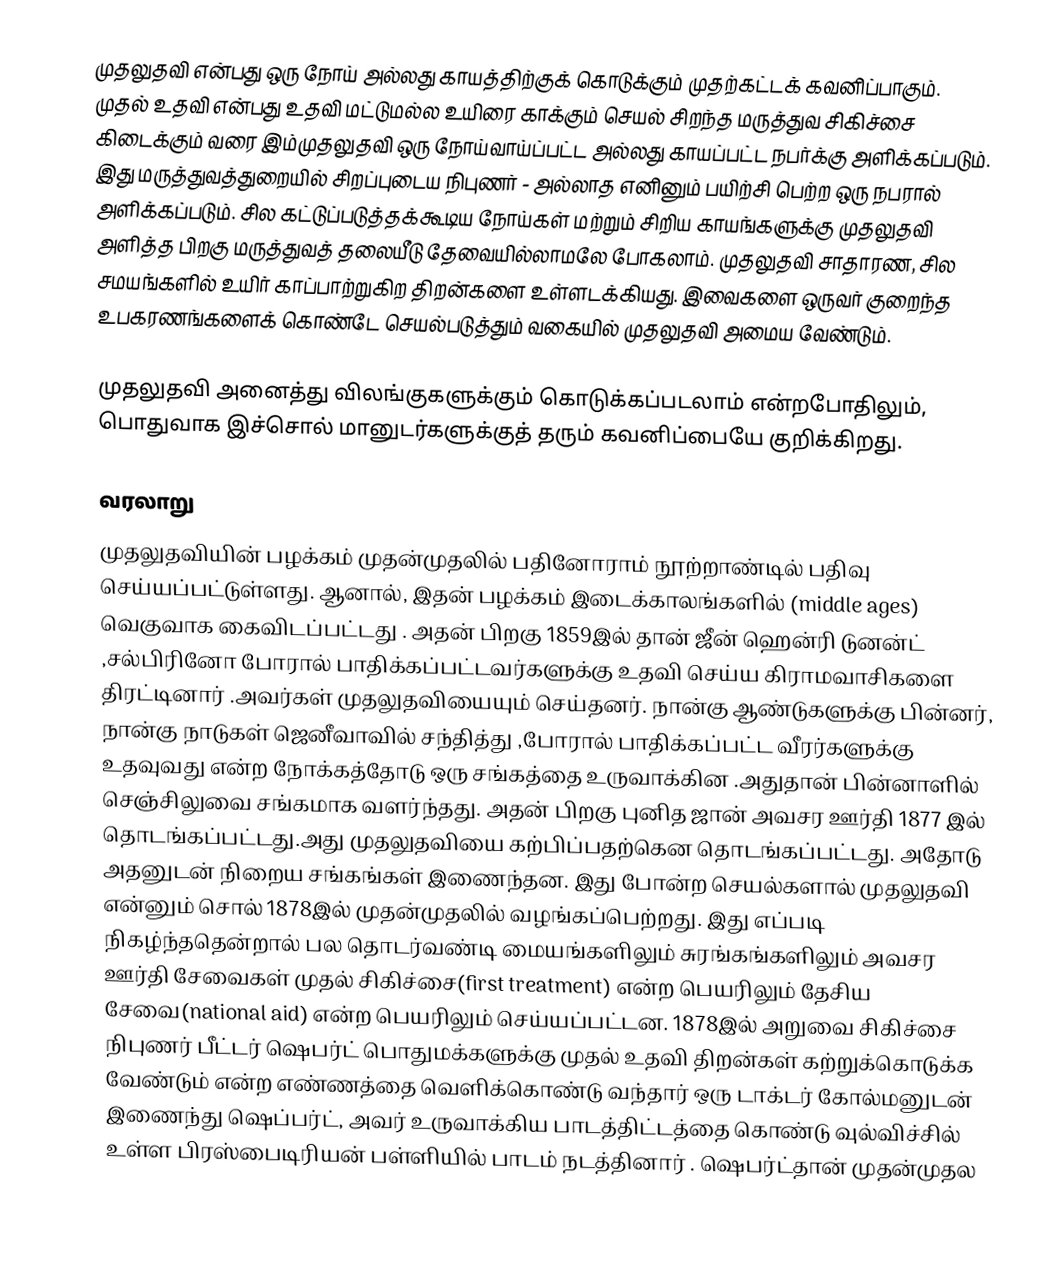
முதலுதவி என்பது ஒரு நோய் அல்லது காயத்திற்குக் கொடுக்கும் முதற்கட்டக் கவனிப்பாகும். முதல் உதவி என்பது உதவி மட்டுமல்ல உயிரை காக்கும் செயல் சிறந்த மருத்துவ சிகிச்சை கிடைக்கும் வரை இம்முதலுதவி ஒரு நோய்வாய்ப்பட்ட அல்லது காயப்பட்ட நபர்க்கு அளிக்கப்படும். இது மருத்துவத்துறையில் சிறப்புடைய நிபுணர் - அல்லாத எனினும் பயிற்சி பெற்ற ஒரு நபரால் அளிக்கப்படும். சில கட்டுப்படுத்தக்கூடிய நோய்கள் மற்றும் சிறிய காயங்களுக்கு முதலுதவி அளித்த பிறகு மருத்துவத் தலையீடு தேவையில்லாமலே போகலாம். முதலுதவி சாதாரண, சில சமயங்களில் உயிர் காப்பாற்றுகிற திறன்களை உள்ளடக்கியது. இவைகளை ஒருவர் குறைந்த உபகரணங்களைக் கொண்டே செயல்படுத்தும் வகையில் முதலுதவி அமைய வேண்டும்.

முதலுதவி அனைத்து விலங்குகளுக்கும் கொடுக்கப்படலாம் என்றபோதிலும், பொதுவாக இச்சொல் மானுடர்களுக்குத் தரும் கவனிப்பையே குறிக்கிறது.

வரலாறு
முதலுதவியின் பழக்கம் முதன்முதலில் பதினோராம் நூற்றாண்டில் பதிவு செய்யப்பட்டுள்ளது. ஆனால், இதன் பழக்கம் இடைக்காலங்களில் (middle ages) வெகுவாக கைவிடப்பட்டது . அதன் பிறகு 1859இல் தான் ஜீன் ஹென்ரி டுனன்ட் ,சல்பிரினோ போரால் பாதிக்கப்பட்டவர்களுக்கு உதவி செய்ய கிராமவாசிகளை திரட்டினார் .அவர்கள் முதலுதவியையும் செய்தனர். நான்கு ஆண்டுகளுக்கு பின்னர், நான்கு நாடுகள் ஜெனீவாவில் சந்தித்து ,போரால் பாதிக்கப்பட்ட வீரர்களுக்கு உதவுவது என்ற நோக்கத்தோடு ஒரு சங்கத்தை உருவாக்கின .அதுதான் பின்னாளில் செஞ்சிலுவை சங்கமாக வளர்ந்தது. அதன் பிறகு புனித ஜான் அவசர ஊர்தி 1877 இல் தொடங்கப்பட்டது.அது முதலுதவியை கற்பிப்பதற்கென தொடங்கப்பட்டது. அதோடு அதனுடன் நிறைய சங்கங்கள் இணைந்தன. இது போன்ற செயல்களால் முதலுதவி என்னும் சொல் 1878இல் முதன்முதலில் வழங்கப்பெற்றது. இது எப்படி நிகழ்ந்ததென்றால் பல தொடர்வண்டி மையங்களிலும் சுரங்கங்களிலும் அவசர ஊர்தி சேவைகள் முதல் சிகிச்சை(first treatment) என்ற பெயரிலும் தேசிய சேவை(national aid) என்ற பெயரிலும் செய்யப்பட்டன. 1878இல் அறுவை சிகிச்சை நிபுணர் பீட்டர் ஷெபர்ட் பொதுமக்களுக்கு முதல் உதவி திறன்கள் கற்றுக்கொடுக்க வேண்டும் என்ற எண்ணத்தை வெளிக்கொண்டு வந்தார் ஒரு டாக்டர் கோல்மனுடன் இணைந்து ஷெப்பர்ட், அவர் உருவாக்கிய பாடத்திட்டத்தை கொண்டு வுல்விச்சில் உள்ள பிரஸ்பைடிரியன் பள்ளியில் பாடம் நடத்தினார் . ஷெபர்ட்தான் முதன்முதல